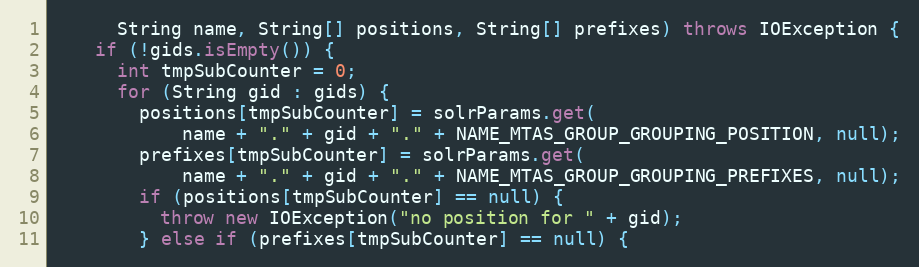
Language: Java
      String name, String[] positions, String[] prefixes) throws IOException {
    if (!gids.isEmpty()) {
      int tmpSubCounter = 0;
      for (String gid : gids) {
        positions[tmpSubCounter] = solrParams.get(
            name + "." + gid + "." + NAME_MTAS_GROUP_GROUPING_POSITION, null);
        prefixes[tmpSubCounter] = solrParams.get(
            name + "." + gid + "." + NAME_MTAS_GROUP_GROUPING_PREFIXES, null);
        if (positions[tmpSubCounter] == null) {
          throw new IOException("no position for " + gid);
        } else if (prefixes[tmpSubCounter] == null) {